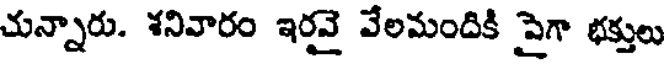
చున్నారు. శనివారం ఇరవై వేలమందికి పైగా భక్తులు